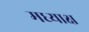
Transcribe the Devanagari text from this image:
मध्याक्ष